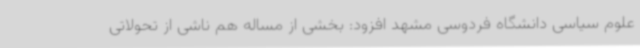
علوم سیاسی دانشگاه فردوسی مشهد افزود: بخشی از مساله هم ناشی از تحولاتی